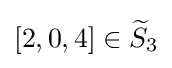
[2,0,4]\in {\widetilde {S}}_{3}